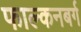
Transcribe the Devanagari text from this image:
फाल्कनबर्ग